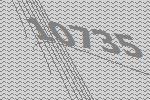
10735